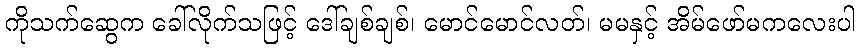
ကိုသက်ဆွေက ခေါ်လိုက်သဖြင့် ဒေါ်ချစ်ချစ်၊ မောင်မောင်လတ်၊ မမနှင့် အိမ်ဖော်မကလေးပါ